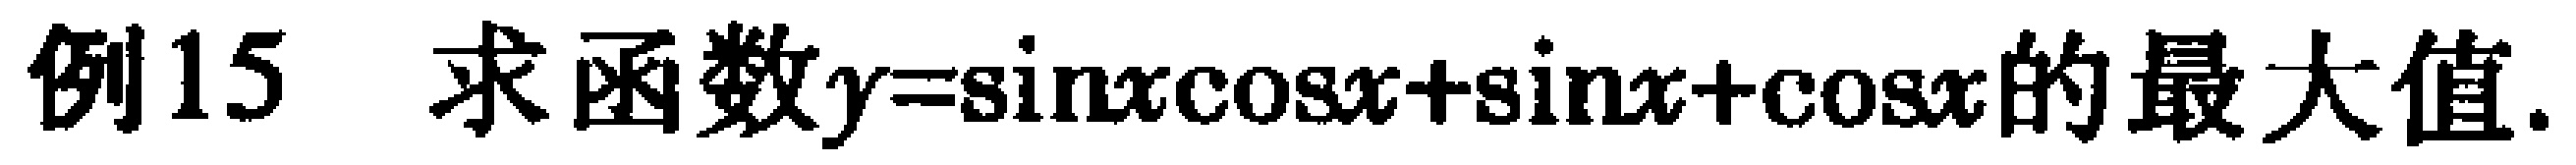
例15 求函数\(y = \sin x\cos x+\sin x+\cos x\)的最大值.